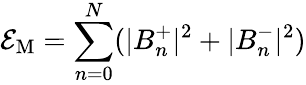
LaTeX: {\cal\mathcal{E}}_{\mathrm{{M}}}=\sum_{n=0}^{N}(|B_{n}^{+}|^{2}+|B_{n}^{-}|^{2})